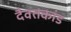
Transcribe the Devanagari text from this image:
दैवतकांड